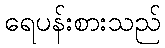
ရေပန်းစားသည်